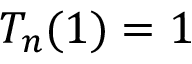
T _ { n } ( 1 ) = 1